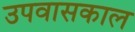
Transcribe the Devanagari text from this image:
उपवासकाल